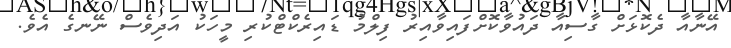
އޭނާއާ ދެކޮޅަށް ގާސިއާ ދައުވާކޮށްފައިވާއިރު ފިލްމު ޑައިރެކްޓްކުރި މީހަކު އަދިވެސް ނޭނގެ އެވެ.